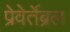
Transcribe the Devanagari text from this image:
प्रेवेर्तेब्रल